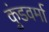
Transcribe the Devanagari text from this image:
कुंडवर्मा